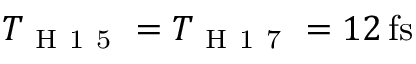
T _ { \mathrm { ~ H ~ 1 ~ 5 ~ } } = T _ { \mathrm { ~ H ~ 1 ~ 7 ~ } } = 1 2 \, \mathrm { { f s } }